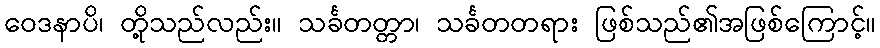
ဝေဒနာပိ၊ တို့သည်လည်း။ သင်္ခတတ္တာ၊ သင်္ခတတရား ဖြစ်သည်၏အဖြစ်ကြောင့်။